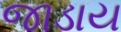
જાડાય